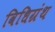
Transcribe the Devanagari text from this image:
विधिग्रंथ